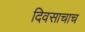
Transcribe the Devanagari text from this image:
दिवसाचाच